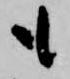
も